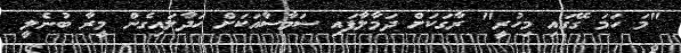
"މަ ހަމަ ގޭގައި މިހުރީ" ރާގަކަށް ދަމާލާފައި ސަމާސާއަކަށް ހަދާލައިގެން މީރާ ބުނެލީ